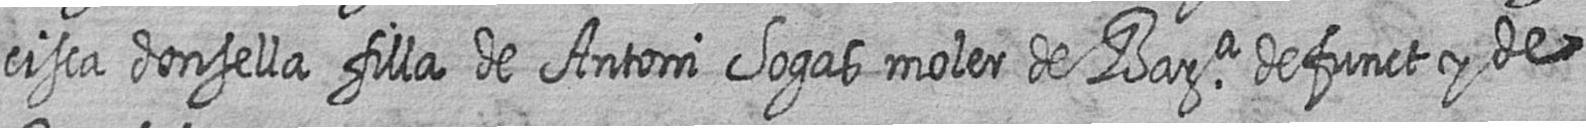
cisca donsella filla de Antoni Sogas moler de Bara defunct y de